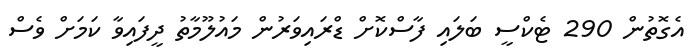
އެގޮތުން 290 ޓެކްސީ ބަލައި ފާސްކޮށް ޑްރައިވަރުން މައުލޫމާތު ދީފައިވާ ކަމަށް ވެސް